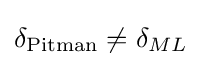
\delta _{\text{Pitman}}\neq \delta _{ML}